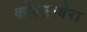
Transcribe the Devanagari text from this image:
कोल्लाबेरा